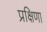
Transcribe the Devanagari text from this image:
प्रक्षिणा